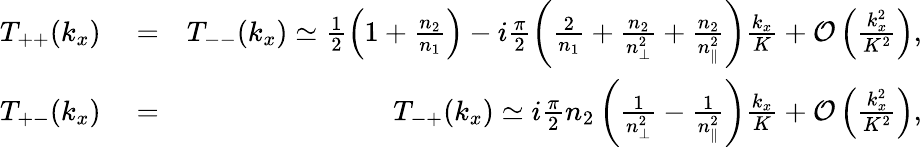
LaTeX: \begin{array}{rlr}{T_{++}(k_{x})}&{{}=}&{T_{--}(k_{x})\simeq\frac{1}{2}\left(1+\frac{n_{2}}{n_{1}}\right)-i\frac{\pi}{2}\left(\frac{2}{n_{1}}+\frac{n_{2}}{n_{\perp}^{2}}+\frac{n_{2}}{n_{\parallel}^{2}}\right)\frac{k_{x}}{K}+{\cal O}\left(\frac{k_{x}^{2}}{K^{2}}\right),}\\ {T_{+-}(k_{x})}&{{}=}&{T_{-+}(k_{x})\simeq i\frac{\pi}{2}n_{2}\left(\frac{1}{n_{\perp}^{2}}-\frac{1}{n_{\parallel}^{2}}\right)\frac{k_{x}}{K}+{\cal O}\left(\frac{k_{x}^{2}}{K^{2}}\right),}\end{array}